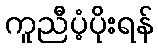
ကူညီပံ့ပိုးရန်